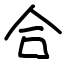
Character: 合